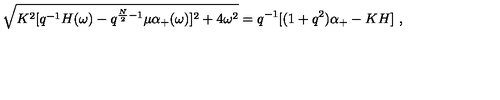
\sqrt { K ^ { 2 } [ q ^ { - 1 } H ( \omega ) - q ^ { { \frac { N } { 2 } } - 1 } \mu \alpha _ { + } ( \omega ) ] ^ { 2 } + 4 \omega ^ { 2 } } = q ^ { - 1 } [ ( 1 + q ^ { 2 } ) \alpha _ { + } - K H ] \ ,